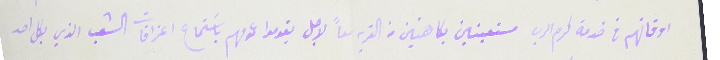
اوقاتهم فى خدمة كرم الرب مستعينين بكاهنين من القريه معاً لاجل يقوموا عمومهم باسَتماع اعترافات الشعب الذي بكل احد